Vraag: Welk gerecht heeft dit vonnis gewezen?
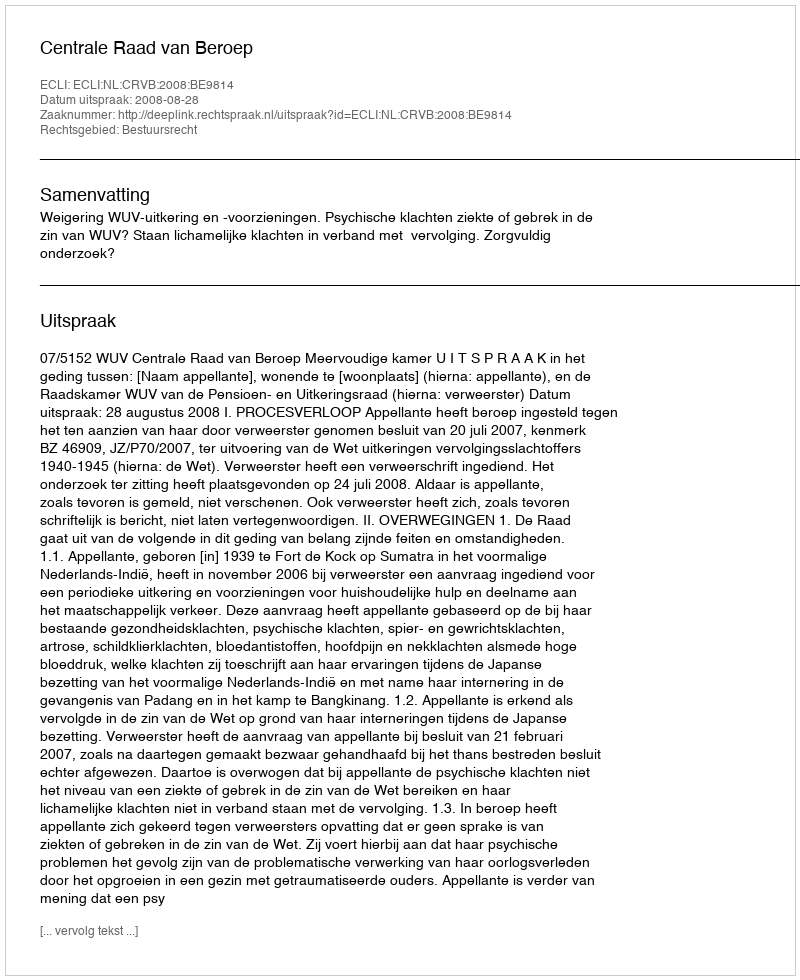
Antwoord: Centrale Raad van Beroep